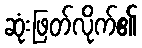
ဆုံးဖြတ်လိုက်၏